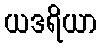
ယဒရိယာ